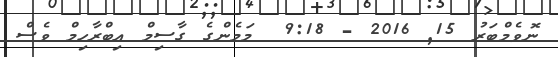
ނޮވެމްބަރު 15